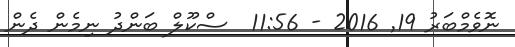
ނޮވެމްބަރު 19